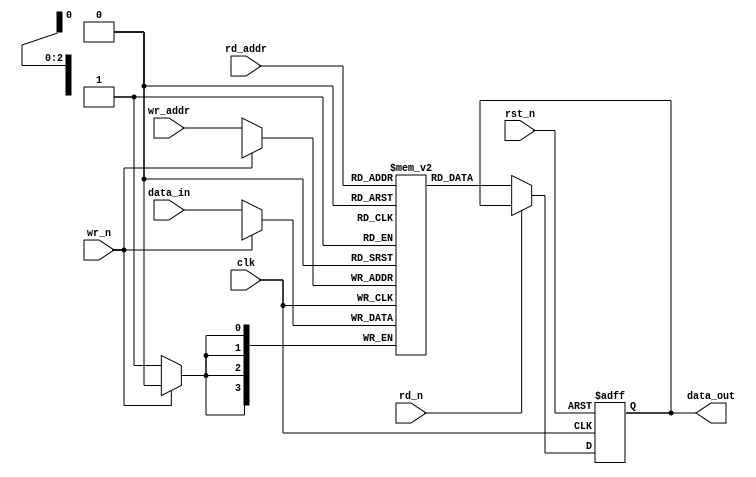
module ram_Synch(clk, rst_n, wr_n, rd_n, wr_addr, rd_addr, data_in, data_out);

  parameter data_width = 4;	//will be overrided during module instantiation
  parameter addr_width = 3; 

  input clk;
  input rst_n;
  input wr_n;
  input rd_n; 
  input [addr_width-1:0] wr_addr;
  input [addr_width-1:0] rd_addr;
  input  [data_width-1:0] data_in;
  output [data_width-1:0] data_out;
  
  reg [data_width-1:0] data_out; 
  reg [data_width-1:0] ram [(1<<addr_width)-1:0];

   
  //read
  always @ (posedge clk or negedge rst_n)
  	if (rst_n == 1'b0)
  		data_out <= 0;
  	else if (!rd_n)
  		data_out <= ram[rd_addr];
      
	//write
	always @ (posedge clk)
		if (!wr_n)
			ram[wr_addr] <= data_in;
			
endmodule